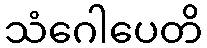
သံဂေါပေတိ